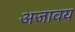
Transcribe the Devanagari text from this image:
अजावय